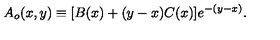
A _ { o } ( x , y ) \equiv [ B ( x ) + ( y - x ) C ( x ) ] e ^ { - ( y - x ) } .